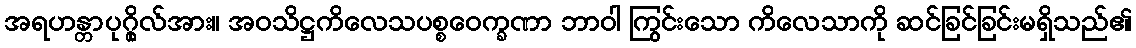
အရဟန္တာပုဂ္ဂိုလ်အား။ အဝသိဋ္ဌကိလေသပစ္စဝေက္ခဏာ ဘာဝါ ကြွင်းသော ကိလေသာကို ဆင်ခြင်ခြင်းမရှိသည်၏